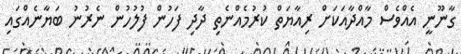
ގާނޫނީ އެއްވެސް މާއްދާއަކަށް ރިއާޔަތް ކުރުމެއްނެތި ދާދި ފަހުން ފުލުހުން ނެރުނު ބަޔާނެއްގައި